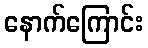
နောက်ကြောင်း